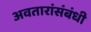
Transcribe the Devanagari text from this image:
अवतारांसंबंधी